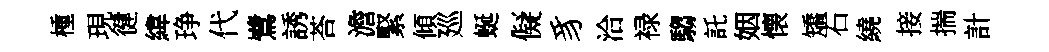
㮔現徤緯琤代鷺誘荅澹緊傾廵蜒儗豸洽禄騶託姻懐矯石繞接揣計